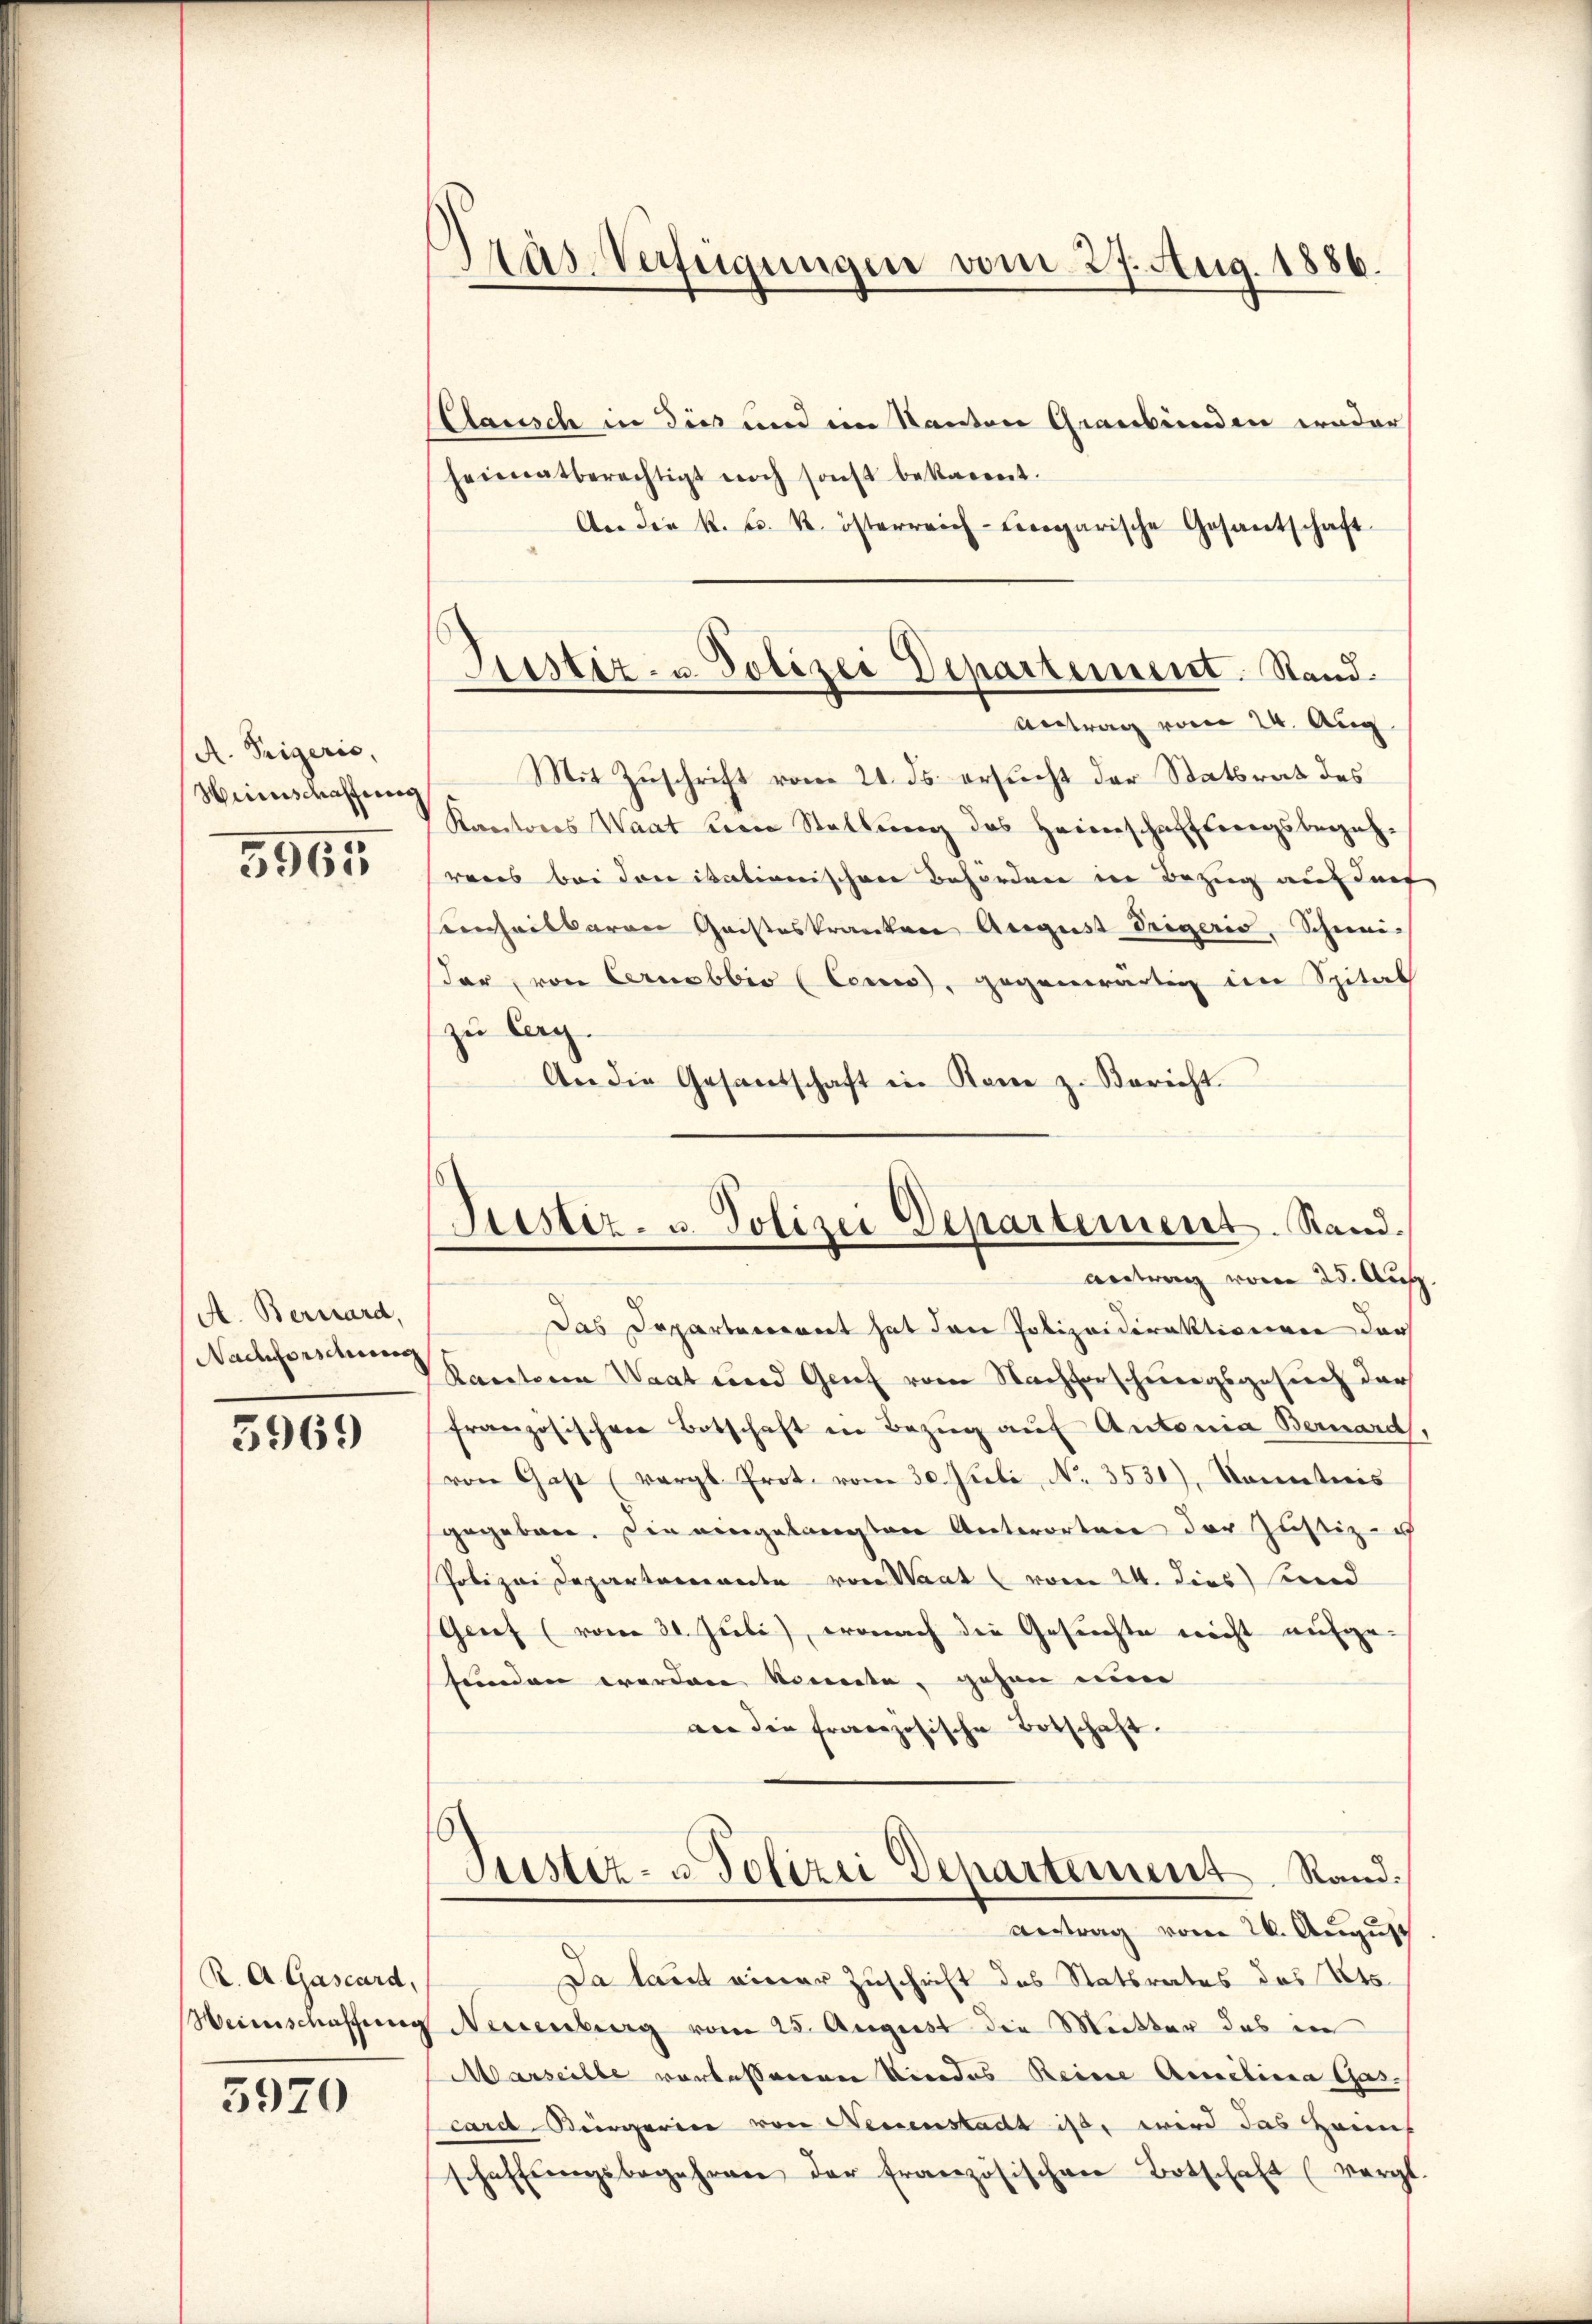
A. Teigeris,
Hinschaffung

5965

A. Bernard,
Nachforschung

5969

R. A. Gascard,
Weinschaffung

5970

Pras-Verfügungen vom 27. Aug. 1886.

Clausch in dies und im Kanton Graubünden weder
heimatberechtigt noch sonst bekannt.
An die k. k. k. österreich-Liegarische Gesantschaft
Antrag vom 24. Aug
Mit Zuschrift vom 21. ds. ersucht der Statsrat des
Kantons Waat von Stellŭng des Heimschaffungsbegehrens bei donikationischen Behörden in Bezug auf darf
einheitbaren Gaisteskranken August Trigeris, Schneidar, von Cernobbio (Cen), gegenwärtig im Spital
zu Cag.
An die Gesandschaft in Kame z. Bericht.
antrag von 25. Auf
Das Departerrent hat den Polizeidirektivieren der
Ractoren Waat und Genf vom Nachforschungsgesuch der
französischen Botschaft in Bezŭg aŭf Antonia Bernard
von Gast (vergl. Prot. vom 30. Ateli, No. 3531), Sonntnis
gegeben. Die eingelangten Unterorten der Justiz- u
Polizei Departarente von Staat vom 24. dies end
Genf (vom 30. Juli), wonach die Gesuchte nicht aufge-
funden werden könnte, gehen nun
an die französische Botschaft.
Justiz- u Polizei Departement. Stand.
antrag vom 26. August
Da laut einer Zuschrift des Statsrates des Kts.
Neuenburg vom 25. August die Mutter das in
Marseille vorlassenene Niedes Reine Amelina Gas-
card Bergerien von Neuenstadt ist, wird das Heims
schaffŭngsbegehren der Französischen Botschaft (vergl

Justiz- u. Polizei Departement. Stand.

Justiz- u. Polizei Departement. Stand.